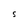
Character: S